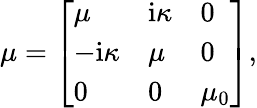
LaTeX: \begin{array}{r}{\mu=\left[\begin{array}{lll}{\mu}&{\mathrm{i}\kappa}&{0}\\ {-\mathrm{i}\kappa}&{\mu}&{0}\\ {0}&{0}&{\mu_{0}}\end{array}\right],}\end{array}